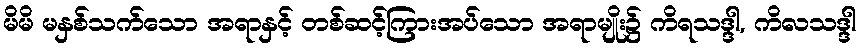
မိမိ မနှစ်သက်သော အရာနှင့် တစ်ဆင့်ကြားအပ်သော အရာမျိုး၌ ကိရသဒ္ဒါ, ကိလသဒ္ဒါ